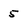
Character: 5